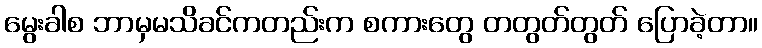
မွေးခါစ ဘာမှမသိခင်ကတည်းက စကားတွေ တတွတ်တွတ် ပြောခဲ့တာ။